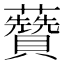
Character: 𧄽